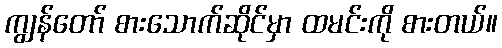
ကျွန်တော် စားသောက်ဆိုင်မှာ ထမင်းကို စားတယ်။